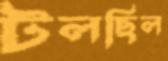
টলছিল